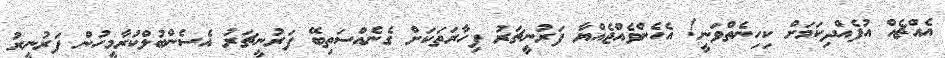
އެއްޗެއް އުފެއްދިކަމަށް ކިހިނެތްވަނީ! އެހެންވެއްޖެއްޔާ ފަރުނީޗަރު ފިހާރަތަކަށް ގެނެއްސަތިބޭ ފަރުނީޗަރު އެސެންބުލްކުރާމީހުން ފަރުނީރު